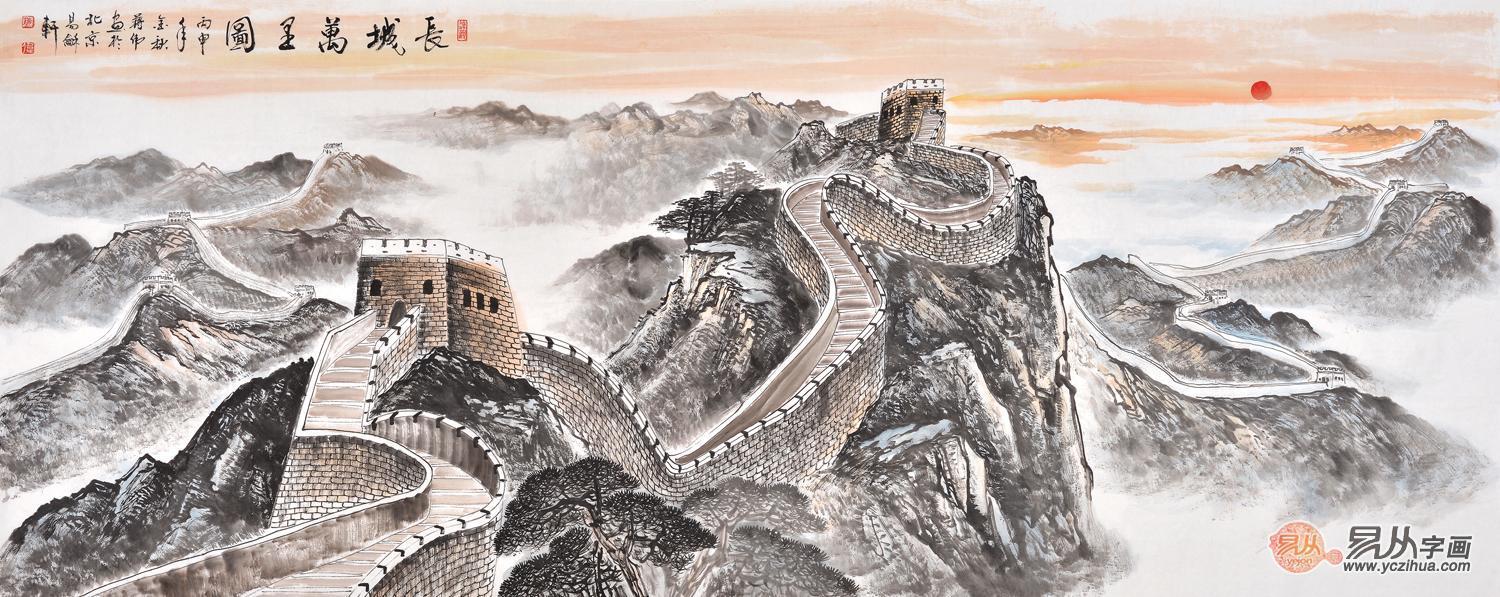
惟顺于父母，可以解忧。